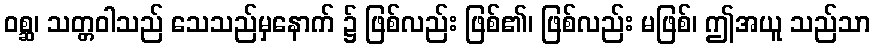
ဝစ္ဆ၊ သတ္တဝါသည် သေသည်မှနောက် ၌ ဖြစ်လည်း ဖြစ်၏၊ ဖြစ်လည်း မဖြစ်၊ ဤအယူ သည်သာ